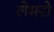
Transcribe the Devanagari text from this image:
लेमरो